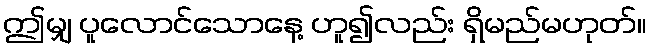
ဤမျှ ပူလောင်သောနေ့ ဟူ၍လည်း ရှိမည်မဟုတ်။